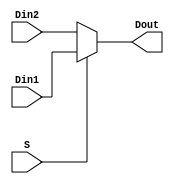
module mux2to1 (Dout, Din1, Din2, S);

 input S;
 input  [31:0] Din1, Din2;
 output [31:0] Dout;
 
 assign Dout = (S == 1) ? Din1 : Din2;
 
endmodule